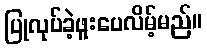
ပြုလုပ်ခဲ့ဖူးပေလိမ့်မည်။